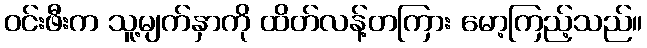
ဝင်းဖီးက သူ့မျက်နှာကို ထိတ်လန့်တကြား မော့ကြည့်သည်။